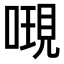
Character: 𠻷